Madras plague regulations in force outside the Presidency town - Volume 6
Disease focus: Plague
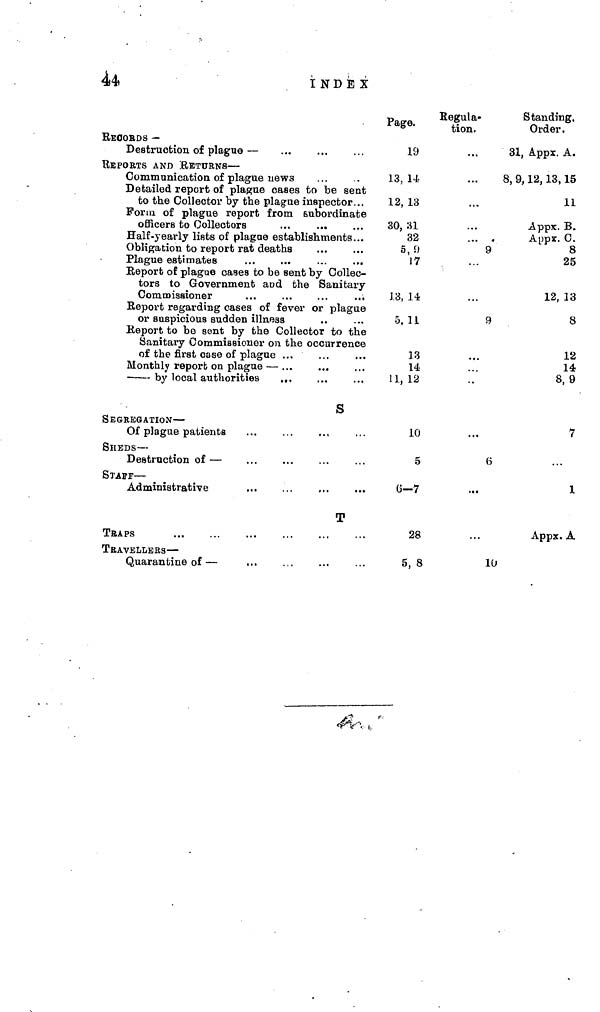
44i
ÍNDEX
RECORDS -
Destruction of plague —
REPORTS AND RETURNS —
Communication of plague news
Detailed report of plague oases to be sent
to the Collectoi" by the plague inspector...
Form of plague report from subordinate
officers to Collectors
...
...
Half-yearly lists of plague establishments...
Obligation to report rat deaths
Plague estimates
Report of plague cases to be sent by Collec-
tors to Government and the Sanitary
Commissioner
...
...
...
...
Report regarding cases of fever or plague
or suspicious sudden illness
Report to be sent by the Collector to the
Sanitary Commissioner on the occurrence
of the first case of plague ...
Monthly report on plague —
by local authorities
...
S
SEGREGATION —
Of plague patients
SHEDS —
Destruction of —
STAFF —
Administrative
T
TEAPS
TRAVELLERS —
Quarantine of —
Page.
19
33, 14
12, 13
30, 31
32
5, 9
17
13, 14
5, 11
13
14
11, 12
10
5
6-7
28
5,8
Regula-
tion.
...
...
«
9
9
...
6
...
10
Standing,
Order.
31, Appx. A.
8, 9, 12, 13, 15
11
Appx. B.
A|ppx, C.
8
25
12, 13
8
12
14
8, 9
7
1
Appx. A